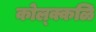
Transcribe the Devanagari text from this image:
कोल्क्कळि